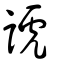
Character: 諕